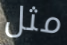
مثل